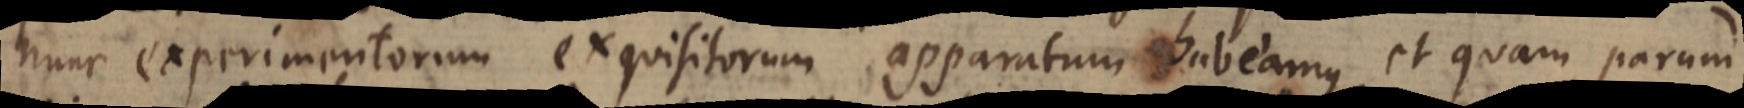
nunc experimentorum exquisitorum apparatum habeamus, et quam parum